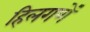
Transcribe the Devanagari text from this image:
हिलगणें